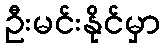
ဦးမင်းနိုင်မှာ